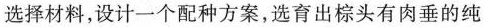
选择材料，设计一个配种方案，选育出棕头有肉垂的纯